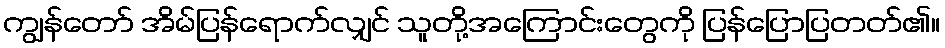
ကျွန်တော် အိမ်ပြန်ရောက်လျှင် သူတို့အကြောင်းတွေကို ပြန်ပြောပြတတ်၏။